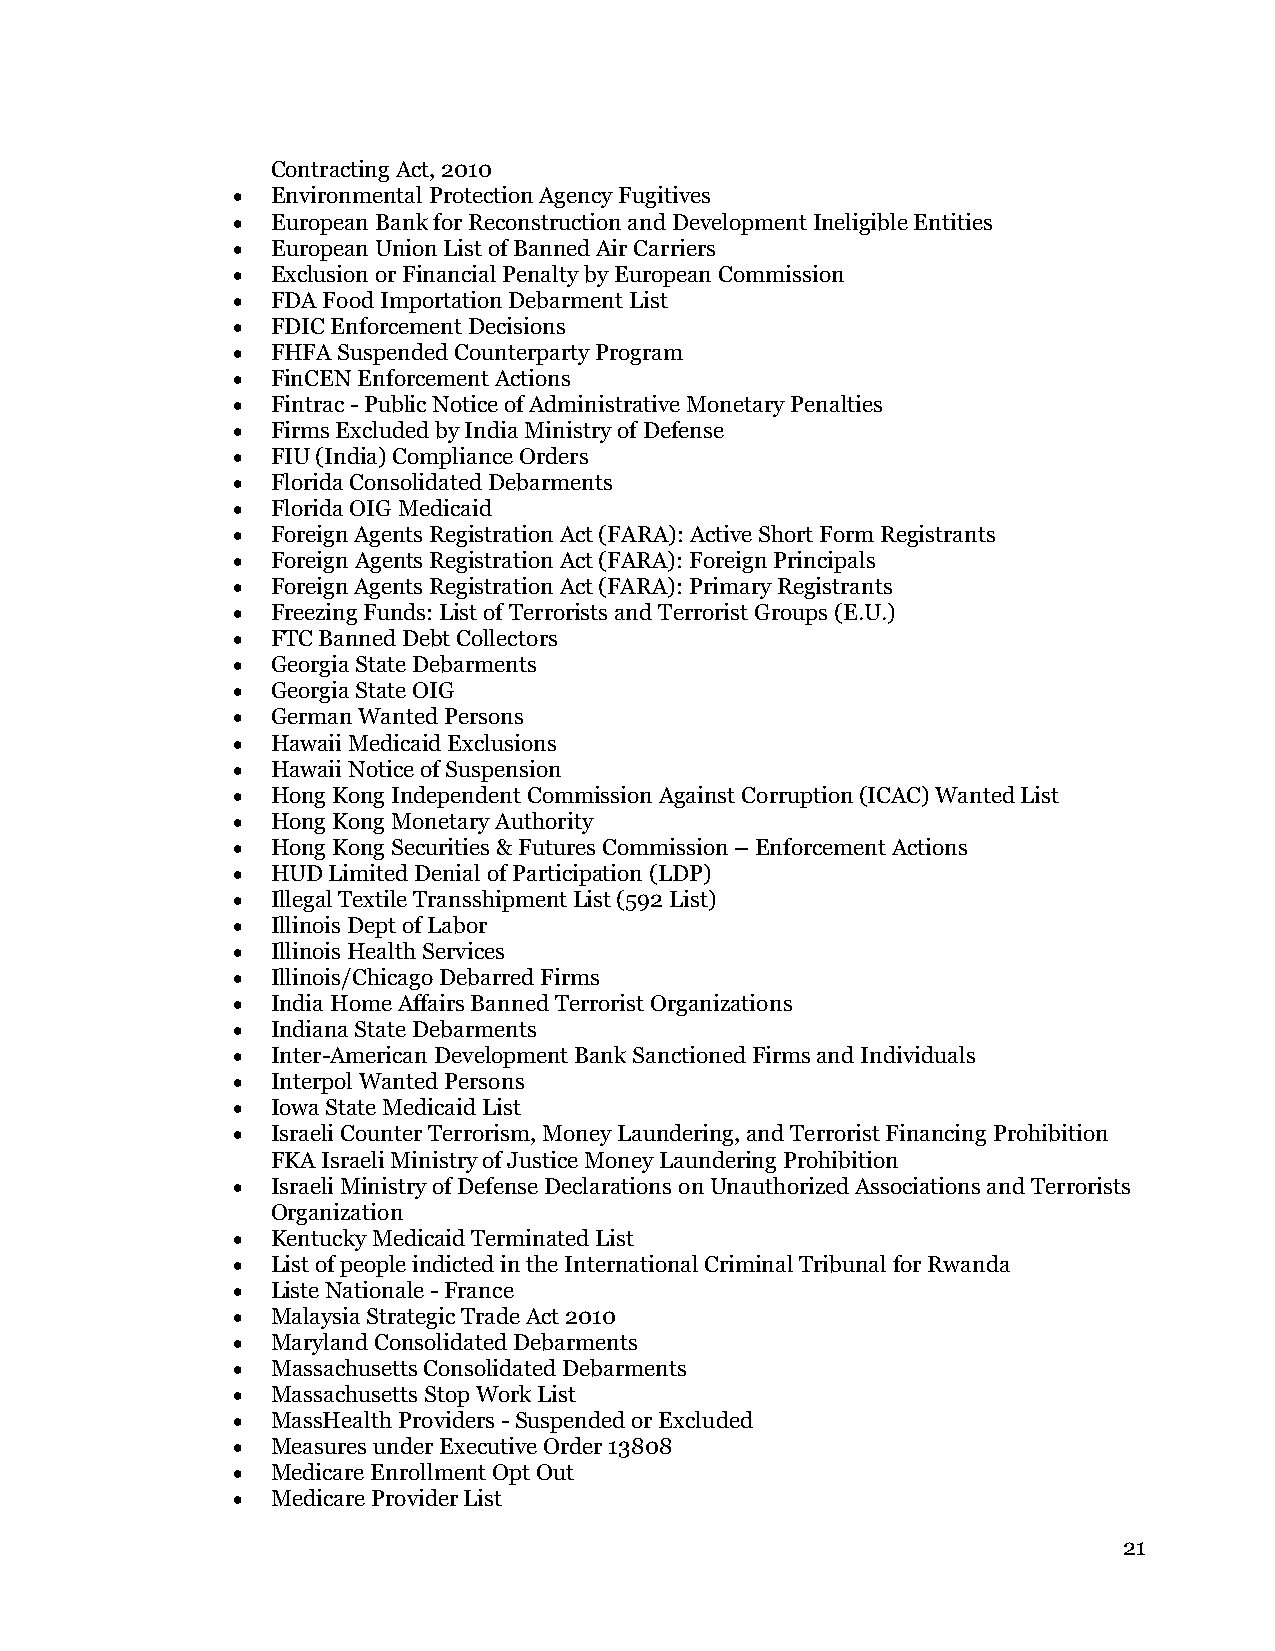
Contracting Act, 2010
 •  Environmental Protection Agency Fugitives
 •  European Bank for Reconstruction and Development Ineligible Entities
 •  European Union List of Banned Air Carriers
 •  Exclusion or Financial Penalty by European Commission
 •  FDA Food Importation Debarment List
 •  FDIC Enforcement Decisions
 •  FHFA Suspended Counterparty Program
 •  FinCEN Enforcement Actions
 •  Fintrac - Public Notice of Administrative Monetary Penalties
 •  Firms Excluded by India Ministry of Defense
 •  FIU (India) Compliance Orders
 •  Florida Consolidated Debarments
 •  Florida OIG Medicaid
 •  Foreign Agents Registration Act (FARA): Active Short Form Registrants
 •  Foreign Agents Registration Act (FARA): Foreign Principals
 •  Foreign Agents Registration Act (FARA): Primary Registrants
 •  Freezing Funds: List of Terrorists and Terrorist Groups (E.U.)
 •  FTC Banned Debt Collectors
 •  Georgia State Debarments
 •  Georgia State OIG
 •  German Wanted Persons
 •  Hawaii Medicaid Exclusions
 •  Hawaii Notice of Suspension
 •  Hong Kong Independent Commission Against Corruption (ICAC) Wanted List
 •  Hong Kong Monetary Authority
 •  Hong Kong Securities & Futures Commission – Enforcement Actions
 •  HUD Limited Denial of Participation (LDP)
 •  Illegal Textile Transshipment List (592 List)
 •  Illinois Dept of Labor
 •  Illinois Health Services
 •  Illinois/Chicago Debarred Firms
 •  India Home Affairs Banned Terrorist Organizations
 •  Indiana State Debarments
 •  Inter-American Development Bank Sanctioned Firms and Individuals
 •  Interpol Wanted Persons
 •  Iowa State Medicaid List
 •  Israeli Counter Terrorism, Money Laundering, and Terrorist Financing Prohibition
 FKA Israeli Ministry of Justice Money Laundering Prohibition
 •  Israeli Ministry of Defense Declarations on Unauthorized Associations and Terrorists
 Organization
 •  Kentucky Medicaid Terminated List
 •  List of people indicted in the International Criminal Tribunal for Rwanda
 •  Liste Nationale - France
 •  Malaysia Strategic Trade Act 2010
 •  Maryland Consolidated Debarments
 •  Massachusetts Consolidated Debarments
 •  Massachusetts Stop Work List
 •  MassHealth Providers - Suspended or Excluded
 •  Measures under Executive Order 13808
 •  Medicare Enrollment Opt Out
 •  Medicare Provider List
 21